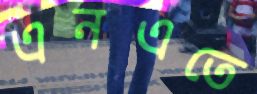
এনএতে